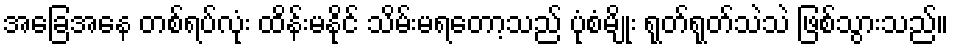
အခြေအနေ တစ်ရပ်လုံး ထိန်းမနိုင် သိမ်းမရတော့သည် ပုံစံမျိုး ရုတ်ရုတ်သဲသဲ ဖြစ်သွားသည်။